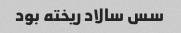
سس سالاد ریخته بود